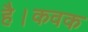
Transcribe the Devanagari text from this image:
है।कवक